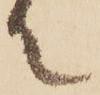
て